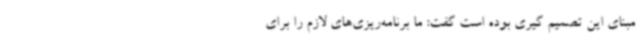
مبنای این تصمیم گیری بوده است گفت: ما برنامه‌ریزی‌های لازم را برای